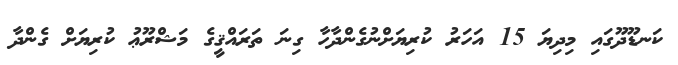
ކަނޑޫދޫގައި މިދިޔަ 15 އަހަރު ކުރިޔަށްނުގެންދާހާ ގިނަ ތަރައްޤީގެ މަޝްރޫޢު ކުރިޔަށް ގެންދާ